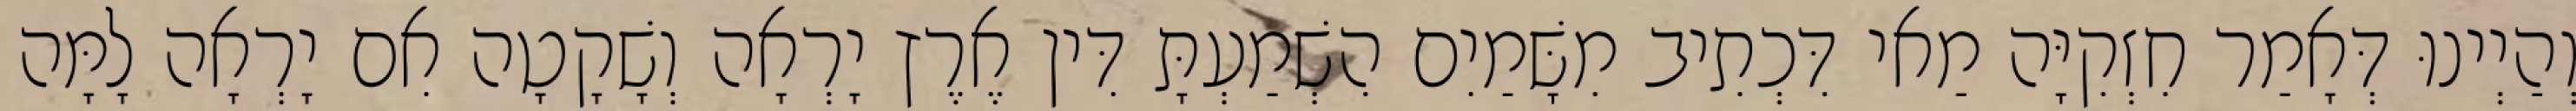
וְהַיְינוּ דְּאָמַר חִזְקִיָּה מַאי דִּכְתִיב מִשָּׁמַיִם הִשְׁמַעְתָּ דִּין אֶרֶץ יָרְאָה וְשָׁקָטָה אִם יָרְאָה לָמָּה